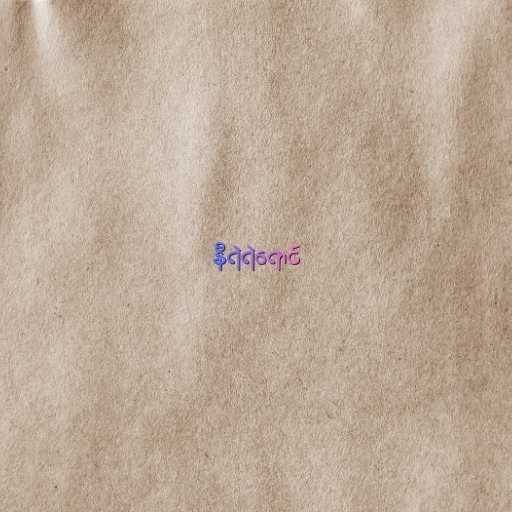
နီရဲရဲရောင်